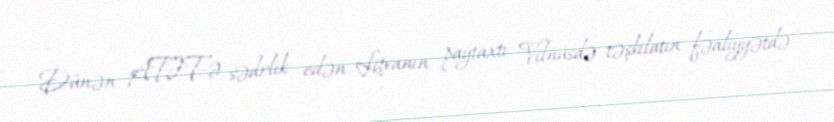
Dünən ATƏT-ə sədrlik edən Litvanın paytaxtı Vilnüsdə təşkilatın fəaliyyətdə